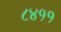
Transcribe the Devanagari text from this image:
८४११